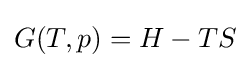
G(T,p)=H-TS